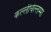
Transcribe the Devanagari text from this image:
कल्लीचेल्लम्मा